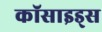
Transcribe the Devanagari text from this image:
कॉसाइड्स